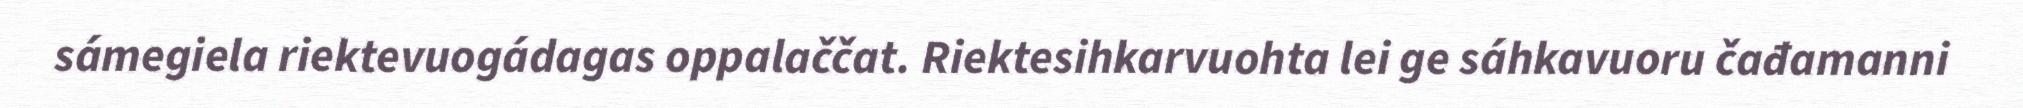
sámegiela riektevuogádagas oppalaččat. Riektesihkarvuohta lei ge sáhkavuoru čađamanni